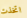
اتخذت